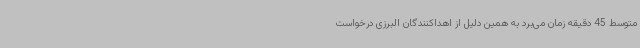
متوسط 45 دقیقه زمان می‌برد به همین دلیل از اهداکنندگان البرزی درخواست